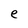
Character: e